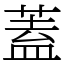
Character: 蓋